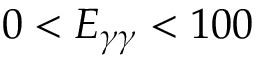
0 < E _ { \gamma \gamma } < 1 0 0